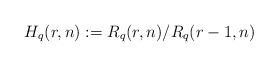
\begin{align*}H_q(r,n):=R_q(r,n)/R_q(r-1,n)\end{align*}